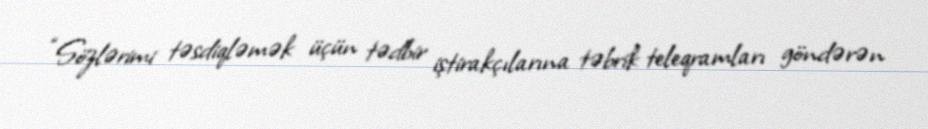
“Sözlərimi təsdiqləmək üçün tədbir iştirakçılarına təbrik teleqramları göndərən